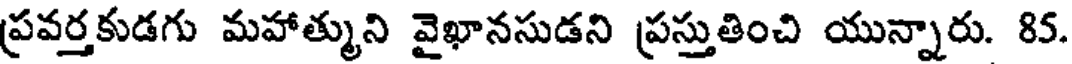
ప్రవర్తకుడగు మహాత్ముని వైఖానసుడని ప్రస్తుతించి యున్నారు. 85.